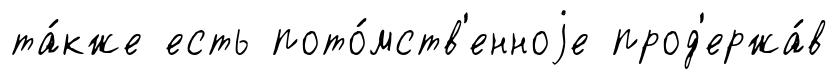
та́кже есть пото́мств'енноjе прод'ержа́в